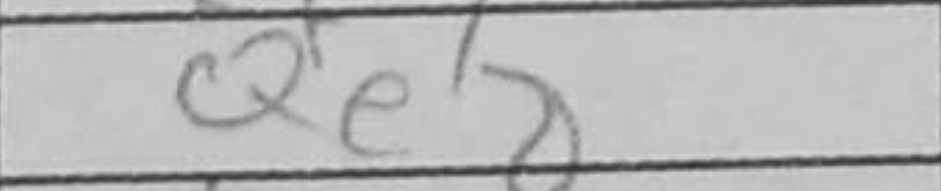
Transcription: Qe8